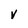
Character: v